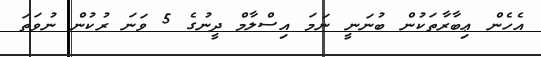
އެހެން ޢިބާރާތަކުން ބުނަނީ ނަމަ އިސްލާމް ދީނުގެ 5 ވަނަ ރުކުން ނުވަތަ